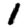
Digit: 1